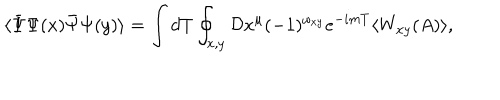
\langle \bar { \Psi } \Psi ( x ) \bar { \Psi } \Psi ( y ) \rangle = \int d T \oint _ { x , y } { \cal D } x ^ { \mu } ( - 1 ) ^ { \omega _ { x y } } e ^ { - i m T } \langle W _ { x y } ( A ) \rangle ,